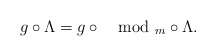
\begin{align*} g \circ \Lambda = g \circ \mod_m \circ \Lambda.\end{align*}